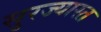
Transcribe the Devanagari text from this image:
सुरज्यास्त